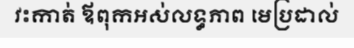
វះកាត់ ឪពុកអស់លទ្ធភាព មេប្រដាល់